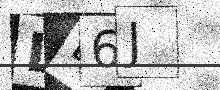
Text: LD6J